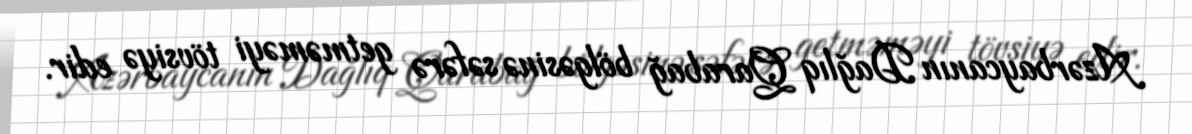
Azərbaycanın Dağlıq Qarabağ bölgəsinə səfərə getməməyi tövsiyə edir.